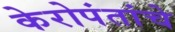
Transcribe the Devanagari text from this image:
केरोपंतांचे